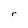
Character: r